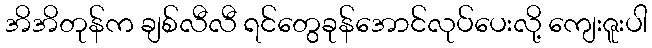
အိအိတုန်က ချစ်လီလီ ရင်တွေခုန်အောင်လုပ်ပေးလို့ ကျေးဇူးပါ